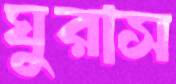
ঘুরাস